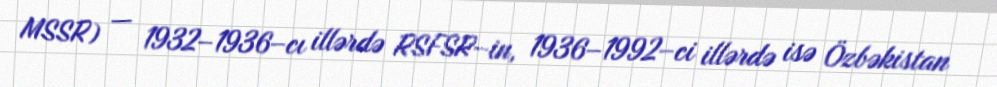
MSSR) — 1932–1936–cı illərdə RSFSR–in, 1936–1992–ci illərdə isə Özbəkistan